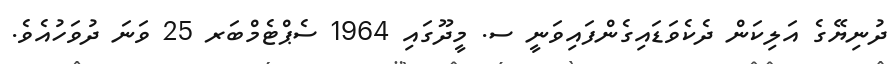
ދުނިޔޭގެ އަލިކަން ދެކެވަޑައިގެންފައިވަނީ ސ. މީދޫގައި 1964 ސެޕްޓެމްބަރ 25 ވަނަ ދުވަހުއެވެ.